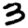
Digit: 3